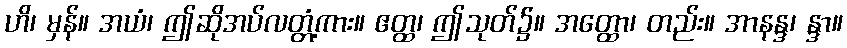
ဟိ၊ မှန်။ အယံ၊ ဤဆိုအပ်လတ္တံ့ကား။ ဧတ္ထ၊ ဤသုတ်၌။ အတ္ထော၊ တည်း။ အာနန္ဒ၊ န္ဒာ။